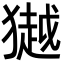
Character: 𭸩